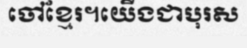
ចៅខ្មែរ។យើងជាបុរស